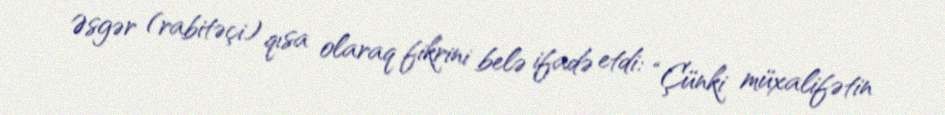
Əsgər (rabitəçi) qısa olaraq fikrini belə ifadə etdi: “Çünki müxalifətin